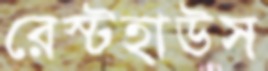
রেস্টহাউস